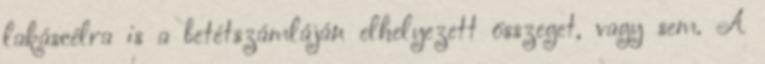
lakáscélra is a betétszámláján elhelyezett összeget, vagy sem. A